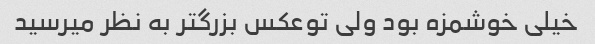
خیلی خوشمزه بود ولی توعکس بزرگتر به نظر میرسید